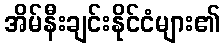
အိမ်နီးချင်းနိုင်ငံများ၏